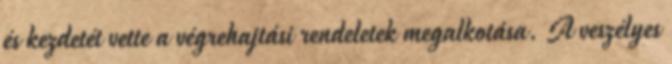
és kezdetét vette a végrehajtási rendeletek megalkotása. A veszélyes